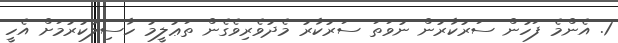
1. އެންމެ ފަހުން ސަރުކާރުން ނުވަތަ ސަރުކާރު މެދުވެރިވެގެން ތަޢުލީމު ހާސިލުކުރުމަށް އެހީ